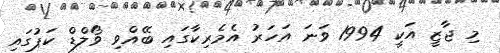
މި ޖާޒީ އަކީ 1994 ވަނަ އަހަރު އެމެރިކާގައި ބޭއްވި ވޯލްޑް ކަޕުގައި